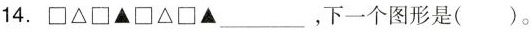
14. ▲□Δ□▲_，下一个图形是()。